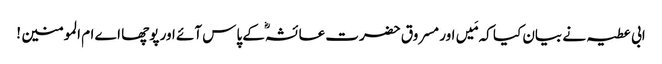
ابی عطیہ نے بیان کیا کہ مَیں اور مسروق حضرت عائشہؓ کے پاس آئے اور پوچھا اے ام المومنین !